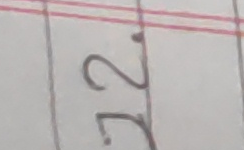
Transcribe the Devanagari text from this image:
१२